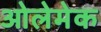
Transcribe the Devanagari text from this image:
ओलेमेक